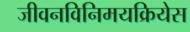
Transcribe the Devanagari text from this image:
जीवनविनिमयक्रियेस